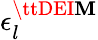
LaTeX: \epsilon_{l}^{\ttDEI\mathbf{M}}